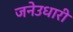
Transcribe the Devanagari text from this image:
जनेउधारी